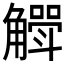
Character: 𮗶